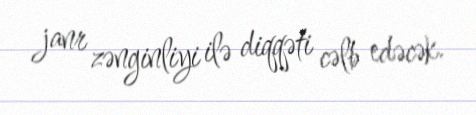
janr zənginliyi ilə diqqəti cəlb edəcək.